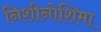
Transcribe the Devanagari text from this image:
निशीनोशिमा